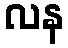
လန